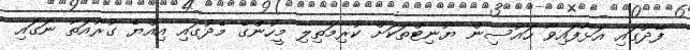
ފޭދޫގައި އަޅާފައިވާ ހައުސިން ޔުނިޓްތަކަށް ކުރިމަތިލި މީހުންގެ މެދުގައި އިއްޔެ ގުރުއަތު ނަގައި